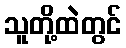
သူတို့ထဲတွင်